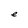
Character: e